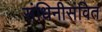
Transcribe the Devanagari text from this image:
संधिनीसंवित